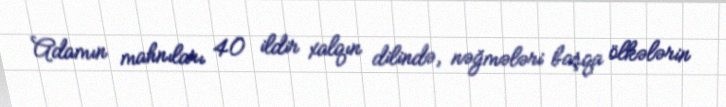
Adamın mahnıları 40 ildir xalqın dilində, nəğmələri başqa ölkələrin